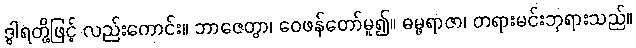
ဒွါရတို့ဖြင့် လည်းကောင်း။ ဘာဇေတွာ၊ ဝေဖန်တော်မူ၍။ ဓမ္မရာဇာ၊ တရားမင်းဘုရားသည်။